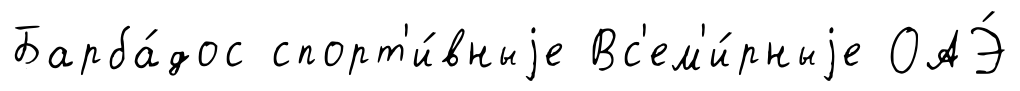
Барба́дос спорт'и́вныjе Вс'ем'и́рныjе ОАЭ́